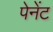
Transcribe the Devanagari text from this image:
पेनेंट